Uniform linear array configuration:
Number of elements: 12
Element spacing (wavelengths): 0.5
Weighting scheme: uniform
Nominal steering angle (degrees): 60
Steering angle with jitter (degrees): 61.727
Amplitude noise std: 0.05
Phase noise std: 0.05

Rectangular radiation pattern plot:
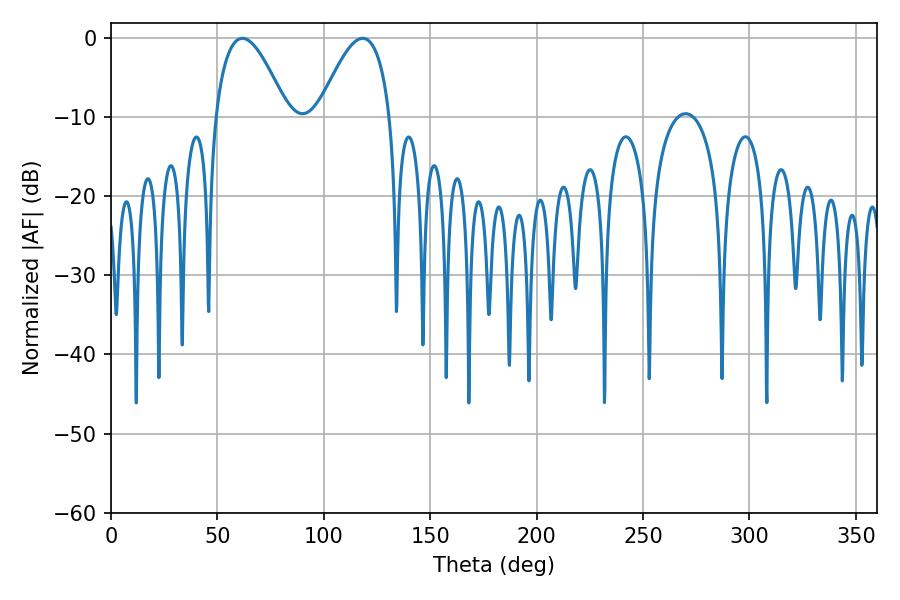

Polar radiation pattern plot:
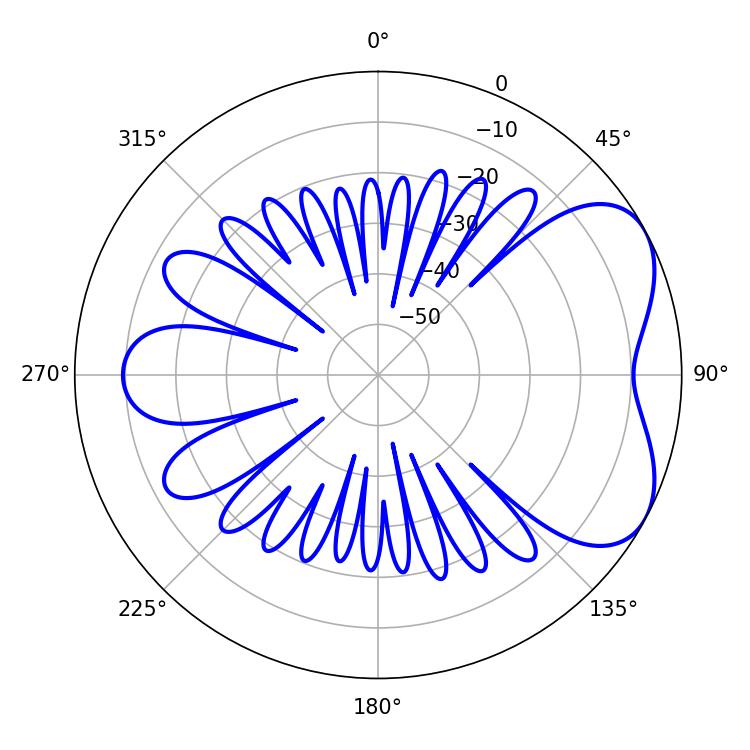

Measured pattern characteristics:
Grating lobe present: FALSE
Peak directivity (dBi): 5.29
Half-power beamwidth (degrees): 18.36
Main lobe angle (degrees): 61.74